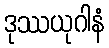
ဒုဿယုဂါနံ